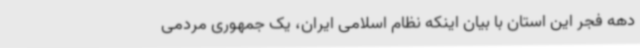
دهه فجر این استان با بیان اینکه نظام اسلامی ایران، یک جمهوری مردمی